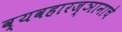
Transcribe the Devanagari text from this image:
व्यवहारज्ञानाचे